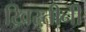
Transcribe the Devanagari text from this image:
ख्रिस्तीनी